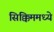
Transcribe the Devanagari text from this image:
सिक्किममध्ये